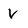
Character: v